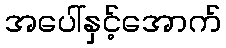
အပေါ်နှင့်အောက်